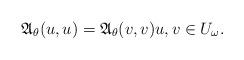
LaTeX: \begin{align*}\mathfrak{A}_\theta(u,u)=\mathfrak{A}_\theta(v,v)u,v\in U_\omega.\end{align*}